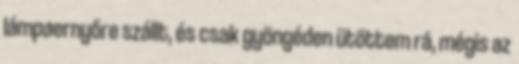
lámpaernyőre szállt, és csak gyöngéden ütöttem rá, mégis az